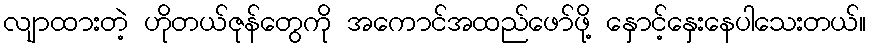
လျာထားတဲ့ ဟိုတယ်ဇုန်တွေကို အကောင်အထည်ဖော်ဖို့ နှောင့်နှေးနေပါသေးတယ်။